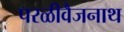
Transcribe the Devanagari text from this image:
परळीवैजनाथ